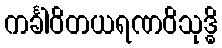
ကင်္ခါဝိတယရဏဝိသုဒ္ဓိ